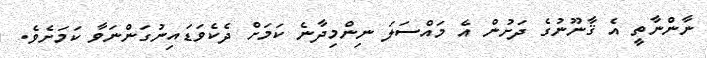
ނާންނާތީ އެ ޤާނޫނުގެ ދަށުން އެ މައްސަލަ ނިންމިދާނެ ކަމަށް ދެކެވަޑައިނުގަންނަވާ ކަމަށެވެ.